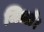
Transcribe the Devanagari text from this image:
जिल्ले।